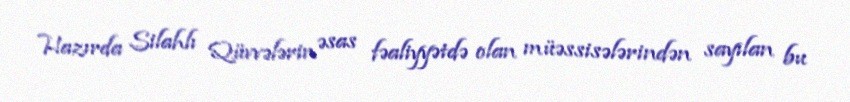
Hazırda Silahlı Qüvvələrin əsas fəaliyyətdə olan müəssisələrindən sayılan bu